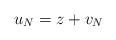
LaTeX: \begin{align*} u_N = z + v_N\end{align*}